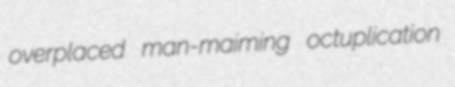
overplaced man-maiming octuplication